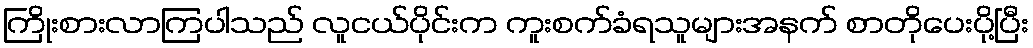
ကြိုးစားလာကြပါသည် လူငယ်ပိုင်းက ကူးစက်ခံရသူများအနက် စာတိုပေးပို့ပြီး